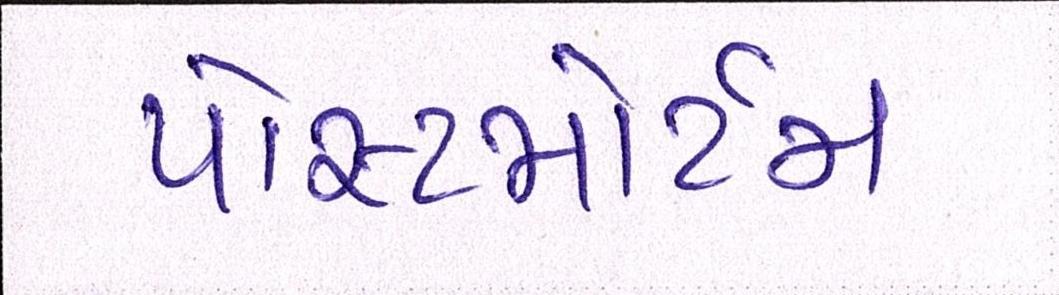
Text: પોસ્ટમોર્ટમ